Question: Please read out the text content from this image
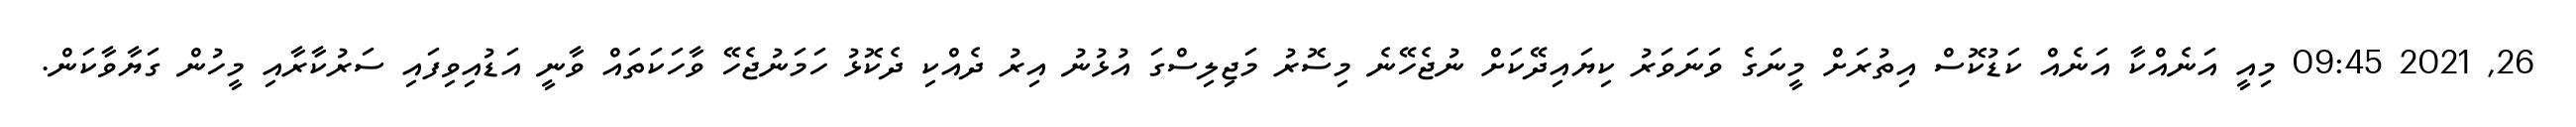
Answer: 26, 2021 09:45 މިއީ އަނެއްކާ އަނެއް ކަޑުކޮސް އިތުރަށް މީނަގެ ވަނަވަރު ކިޔައިދޭކަށް ނުޖެހޭނެ މިސޮރު މަޖިލިސްގަ އުޅުނު އިރު ދެއްކި ދެކޮޅު ހަމަނުޖެހޭ ވާހަކަތައް ވާނީ އަޑުއިވިފައި ސަރުކާރާއި މީހުން ގަޔާވާކަން.